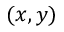
( x , y )